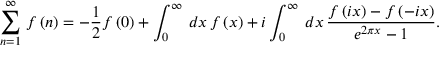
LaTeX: \sum _ { n = 1 } ^ { \infty } \, f \left( n \right) = - \frac { 1 } { 2 } f \left( 0 \right) + \int _ { 0 } ^ { \infty } \, d x \, f \left( x \right) + i \int _ { 0 } ^ { \infty } \, d x \, \frac { f \left( i x \right) - f \left( - i x \right) } { e ^ { 2 \pi x } - 1 } .